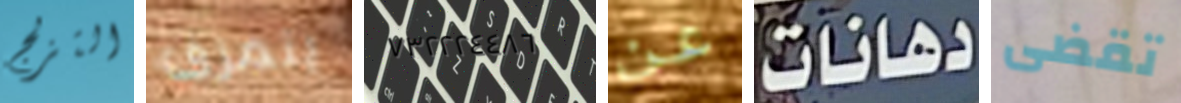
التزلج يتمزق ٧٣٢٢٢٤٤٨٦ عن دهانات تقضى